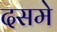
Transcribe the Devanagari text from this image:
दसमे